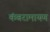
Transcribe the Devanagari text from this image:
कंबरामायण